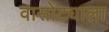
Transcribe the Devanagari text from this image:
वासोट्याला